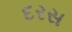
દરસ